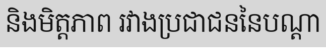
និងមិត្តភាព រវាងប្រជាជននៃបណ្តា